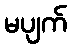
မပျက်